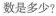
数是多少?